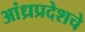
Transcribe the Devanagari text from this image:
आंध्रप्रदेशचे